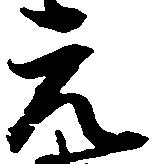
元